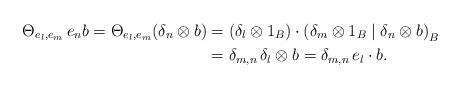
LaTeX: \begin{align*} \Theta_{e_l,e_m}\,e_nb = \Theta_{e_l,e_m} (\delta_n \otimes b) &= (\delta_l \otimes 1_B)\cdot \left(\delta_m\otimes 1_B \mid \delta_n \otimes b \right)_B \\ &= \delta_{m,n} \, \delta_l \otimes b=\delta_{m,n}\,e_l\cdot b.\end{align*}